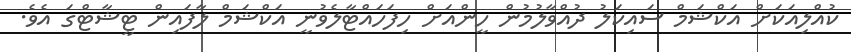
ކުއްލިއަކަށް އަކްޝަމް ސައިކަލު ދުއްވާލުމުން ހީންއަށް ހިފަހައްޓާލެވުނީ އަކްޝަމް ލާފައިން ޓީޝާޓްގަ އެވެ.